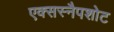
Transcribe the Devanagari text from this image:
एक्सस्नैपशोट